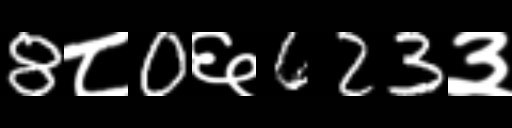
Text: 8८0६623३